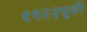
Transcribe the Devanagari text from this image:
१९२३पूर्वी